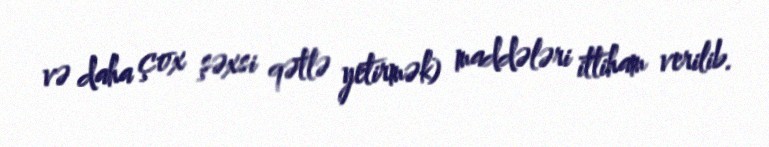
və daha çox şəxsi qətlə yetirmək) maddələri ittiham verilib.